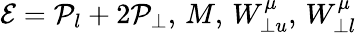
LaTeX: \mathcal{E}=\mathcal{P}_{l}+2\mathcal{P}_{\perp},\, M,\, W_{\perp u}^{\mu},\, W_{\perp l}^{\mu}